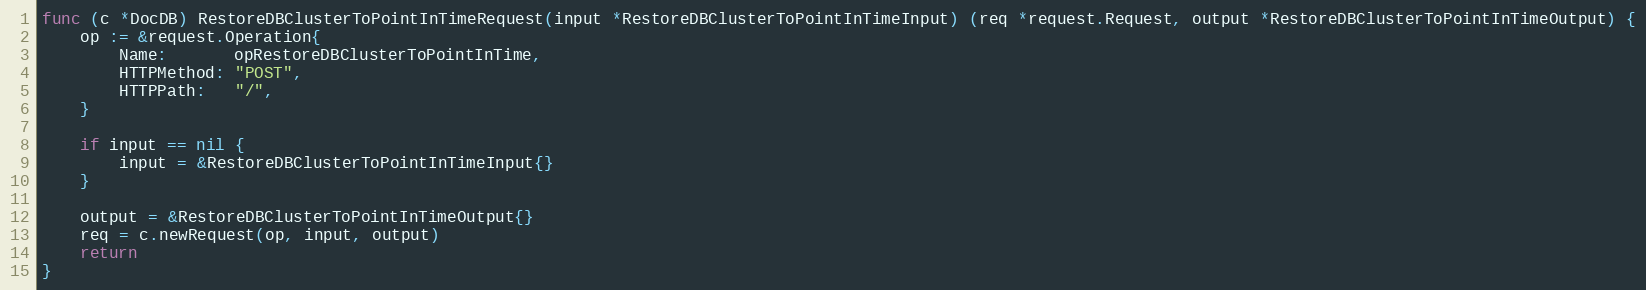
Language: Go
func (c *DocDB) RestoreDBClusterToPointInTimeRequest(input *RestoreDBClusterToPointInTimeInput) (req *request.Request, output *RestoreDBClusterToPointInTimeOutput) {
	op := &request.Operation{
		Name:       opRestoreDBClusterToPointInTime,
		HTTPMethod: "POST",
		HTTPPath:   "/",
	}

	if input == nil {
		input = &RestoreDBClusterToPointInTimeInput{}
	}

	output = &RestoreDBClusterToPointInTimeOutput{}
	req = c.newRequest(op, input, output)
	return
}